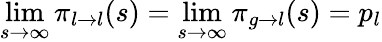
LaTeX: \operatorname*{lim}_{s\to\infty}\pi_{l\to l}(s)=\operatorname*{lim}_{s\to\infty}\pi_{g\to l}(s)=p_{l}